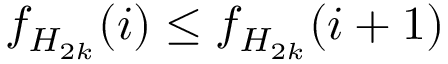
f _ { H _ { 2 k } } ( i ) \le f _ { H _ { 2 k } } ( i + 1 )